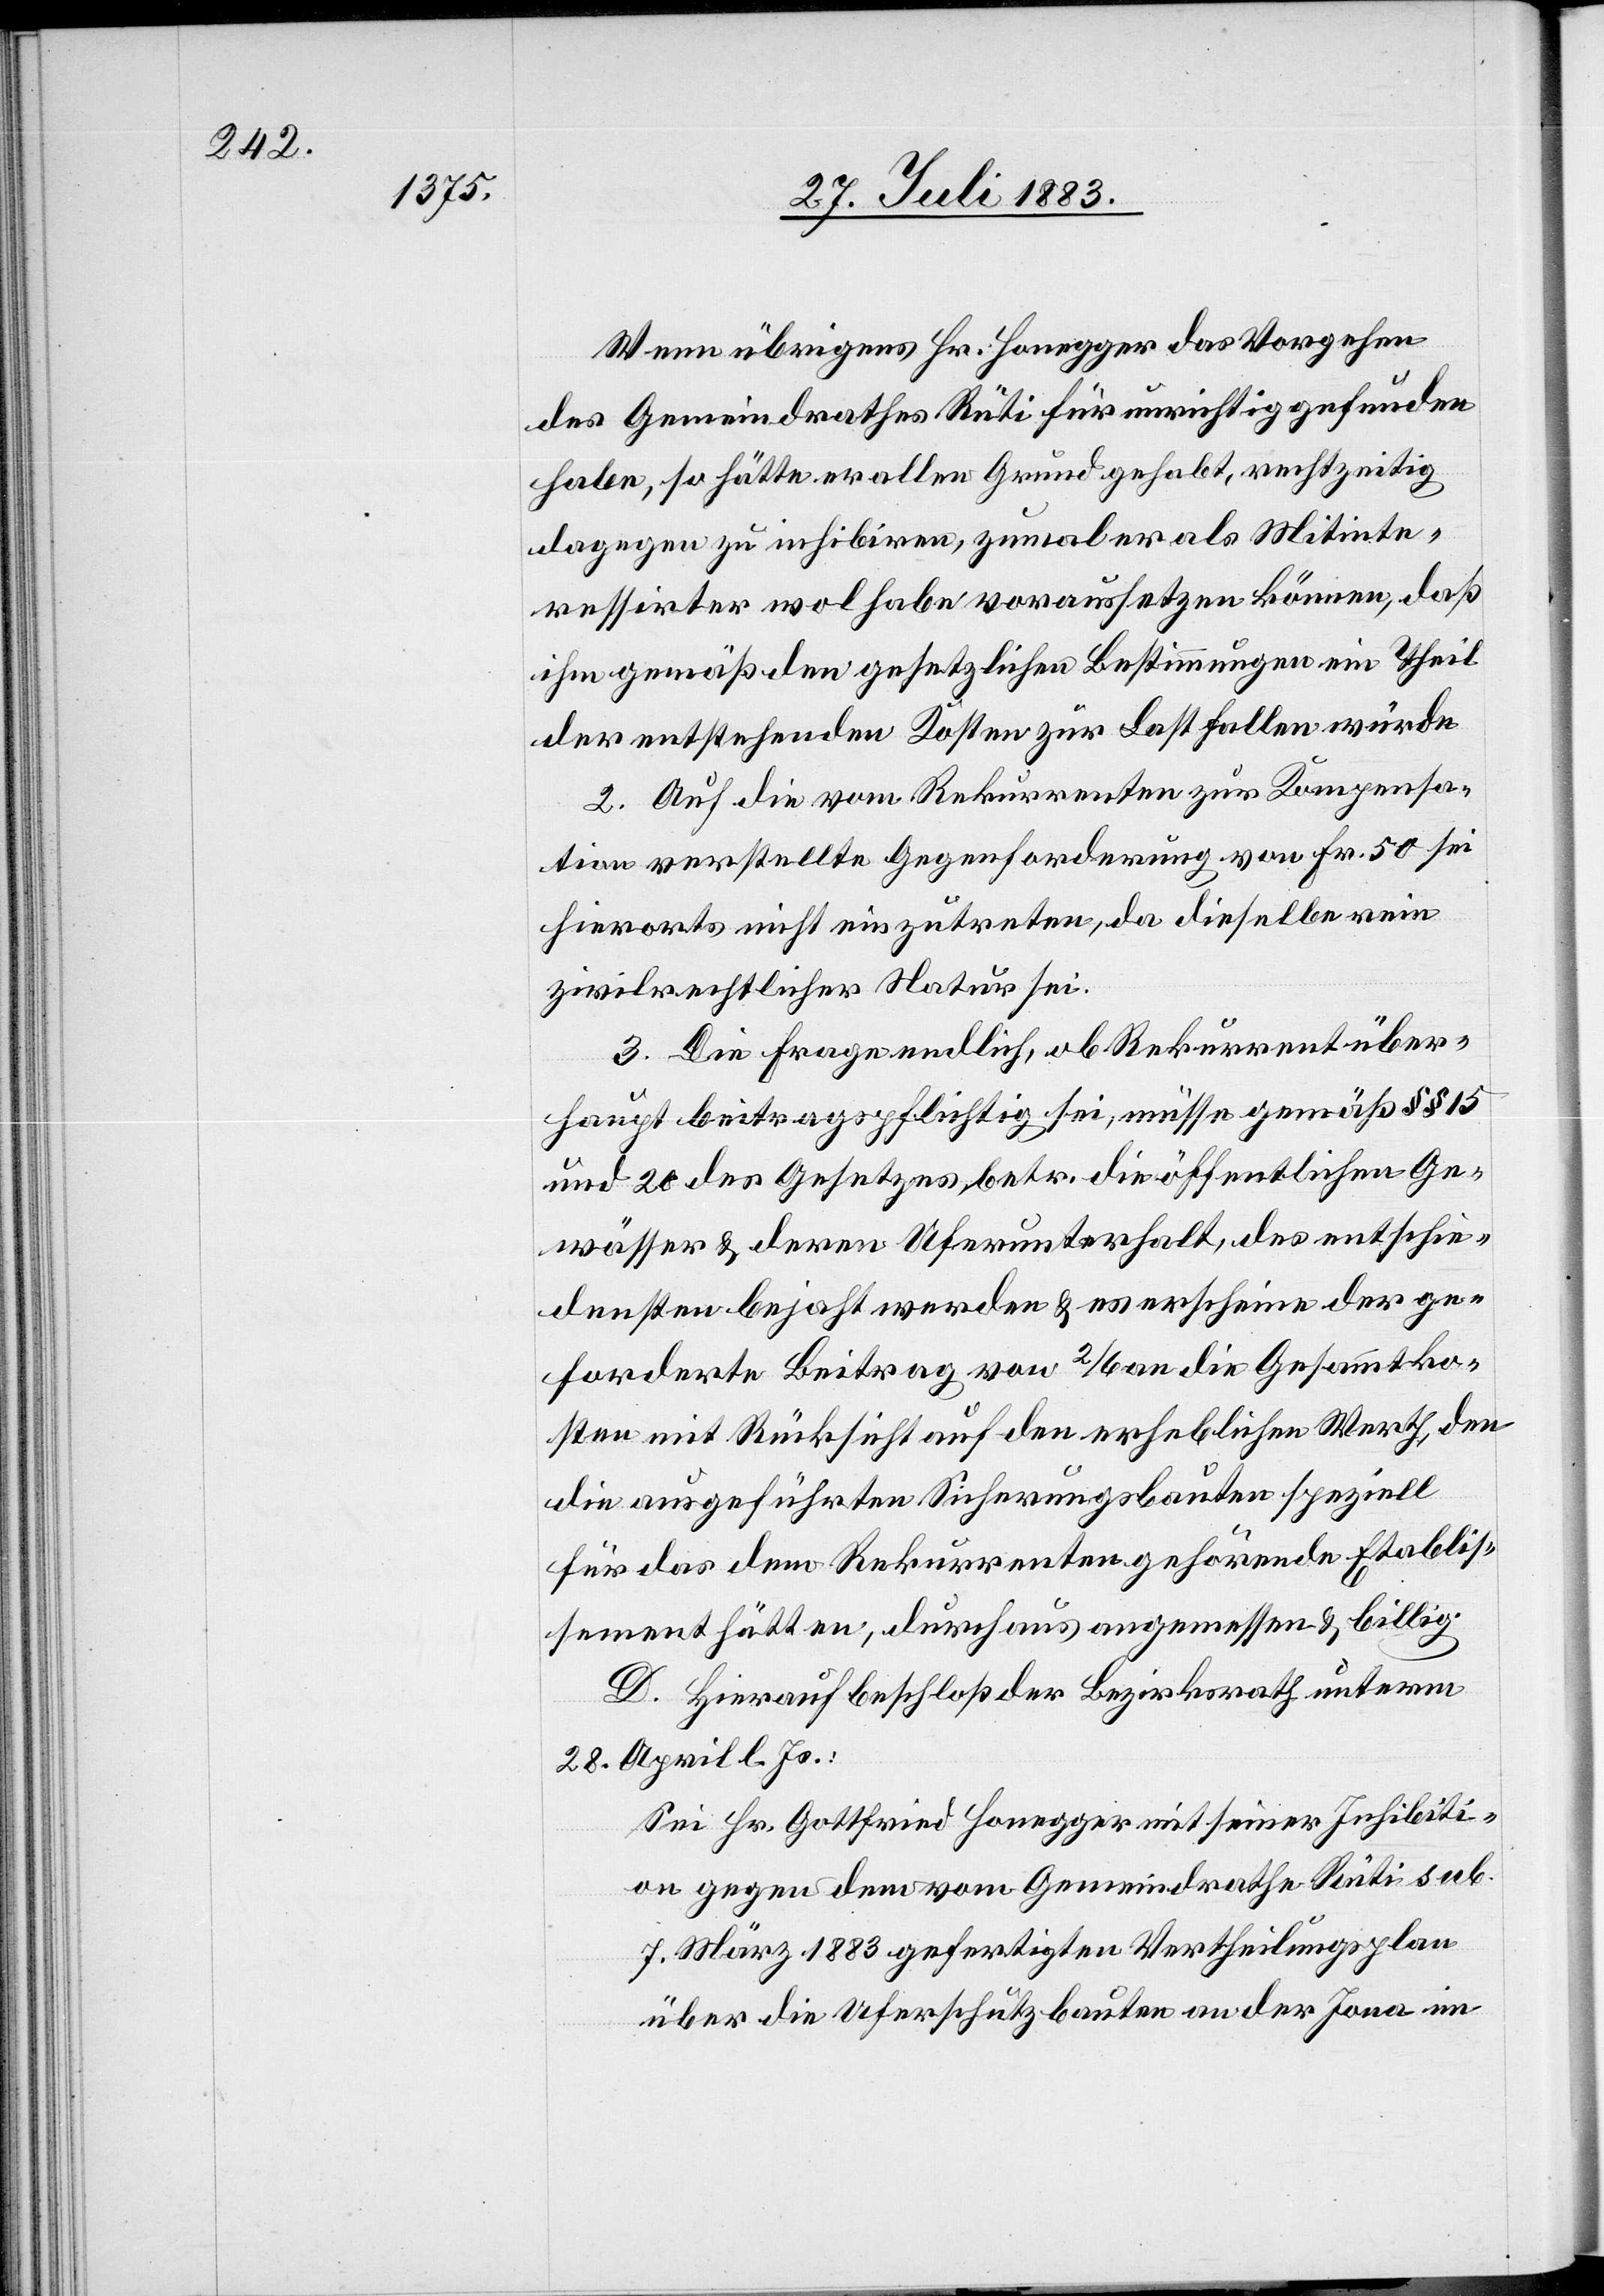
Wenn übrigens Hr. Honegger das Vorgehen
des Gemeindrathes Rüti für unrichtig gefunden
habe, so hätte er allen Grund gehabt, rechtzeitig
dagegen zu inhibiren, zumal er als Mitinte¬
ressirter wol habe voraussetzen können, daß
ihm gemäß den gesetzlichen Bestimmungen ein Theil
der entstehenden Kosten zur Last fallen würde.
2. Auf die vom Rekurrenten zur Kompensa¬
tion verstellte Gegenforderung von Fr. 50 sei
hierorts nicht einzutreten, da dieselbe rein
zivilrechtlicher Natur sei.
3. Die Frage endlich, ob Rekurrent über¬
haupt betragspflichtig sei, müsse gemäß §§ 15
und 20 des Gesetzes betr. die öffentlichen Ge¬
wässer & deren Unterhalt, des entschie¬
densten bejaht werden & es erscheine der ge¬
forderte Beitrag von 2/6 [sic!] an die Gesammtko¬
sten mit Rücksicht auf den erheblichen Werth, den
die ausgeführten Sicherungsbauten speziell
für das dem Rekurrenten gehörende Etablis¬
sement hätten, durchaus angemessen & billig.
D. Hierauf beschloß der Bezirksrath unterm
28. April l. Js.:
Sei Hr. Gottfried Honegger mit seiner Inhibition
dem [recte: den] vom Gemeindrathe Rüti sub.
7. März 1883 gefertigten Vertheilungsplan
über die Uferschutzbauten an der Jona im